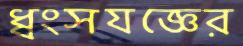
ধ্বংসযজ্ঞের